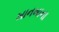
ખાનખાના